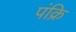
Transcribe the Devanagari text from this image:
पंक्रि